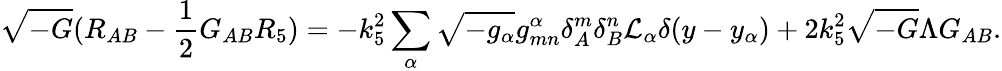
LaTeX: \sqrt{-G}(R_{AB}-\frac{1}{2}G_{AB}R_{5})=-k_{5}^{2}\sum_{\alpha}\sqrt{-g_{\alpha}}g_{mn}^{\alpha}\delta_{A}^{m}\delta_{B}^{n}{\cal L}_{\alpha}\delta(y-y_{\alpha})+2k_{5}^{2}\sqrt{-G}\Lambda G_{AB}.